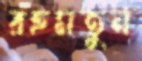
রহমতুন